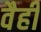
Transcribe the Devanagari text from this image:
वैही